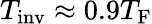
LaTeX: T_{\mathrm{inv}}\approx 0.9T_{\mathrm{F}}